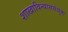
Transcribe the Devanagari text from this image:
शाखाविन्याससंयुक्त